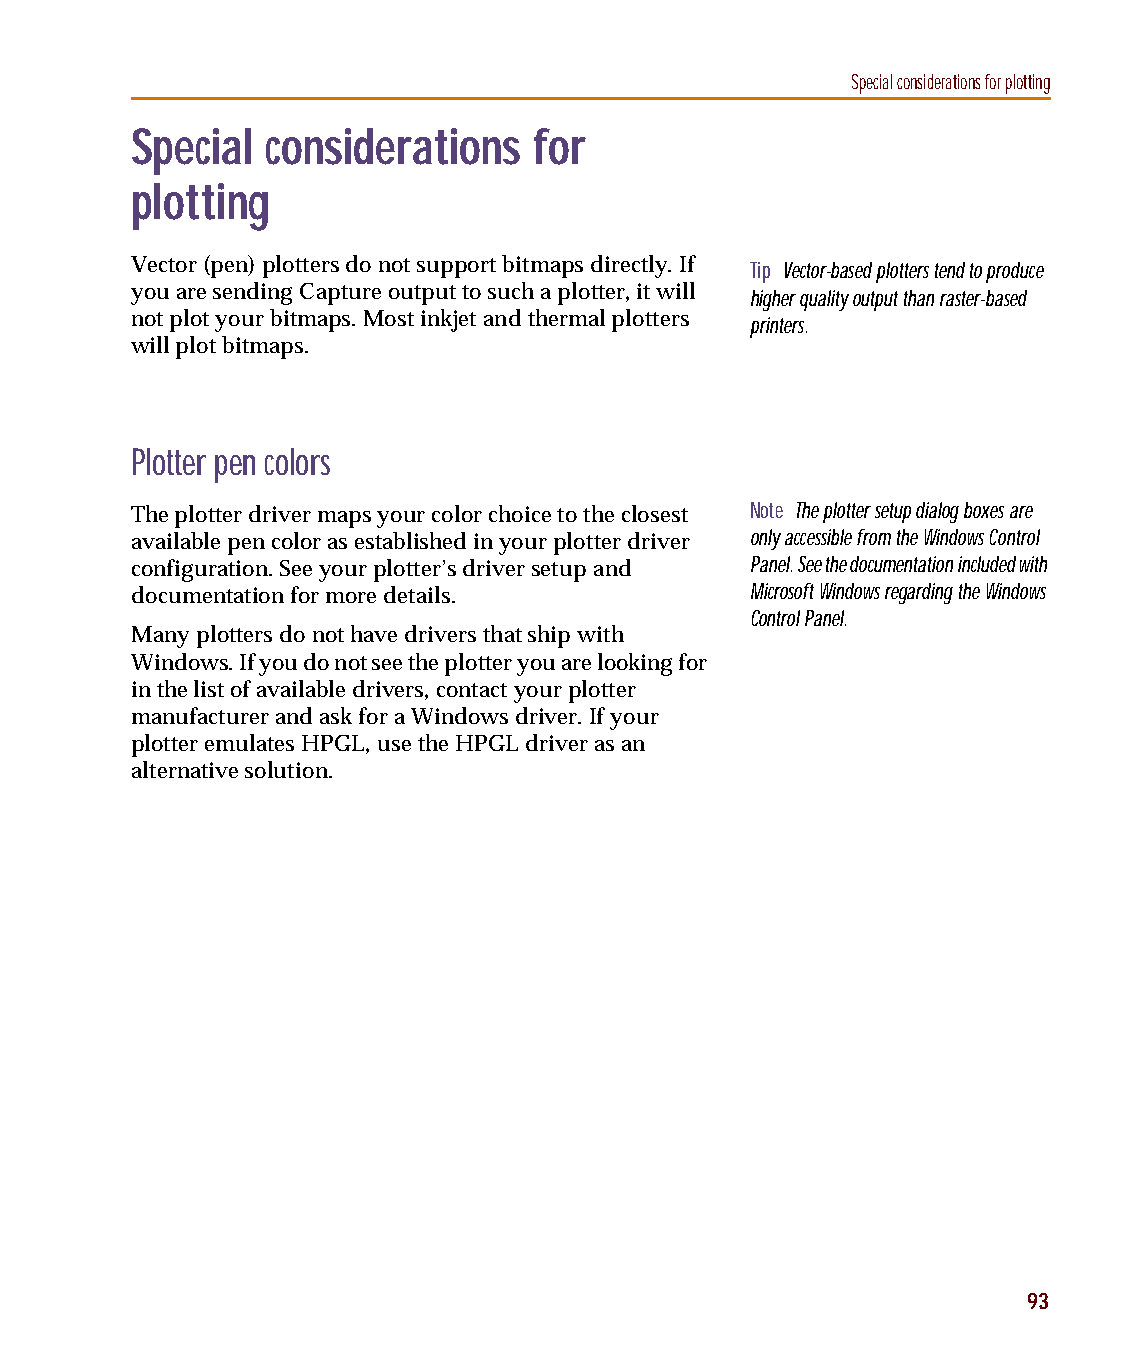
capug.book Page 93 Thursday, November 12, 1998 3:38 PM
 Special considerations for plotting
 Special  considerations   for
 plotting
 Vector (pen) plotters do not support bitmaps directly. If Tip Vector-based plotters tend to produce
 you are sending Capture output to such a plotter, it will
 higher quality output than raster-based
 not plot your bitmaps. Most inkjet and thermal plotters printers.
 will plot bitmaps.
 Plotter pen colors
 The plotter driver maps your color choice to the closest Note The plotter setup dialog boxes are
 available pen color as established in your plotter driver only accessible from the Windows Control
 configuration. See your plotter’s driver setup and Panel. See the documentation included with
 documentation for more details.          Microsoft Windows regarding the Windows
 Control Panel.
 Many plotters do not have drivers that ship with
 Windows. If you do not see the plotter you are looking for
 in the list of available drivers, contact your plotter
 manufacturer and ask for a Windows driver. If your
 plotter emulates HPGL, use the HPGL driver as an
 alternative solution.
 93